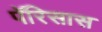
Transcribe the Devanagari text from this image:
पॅरिसास